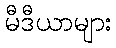
မီဒီယာများ